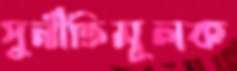
দুর্নীতিমূলক